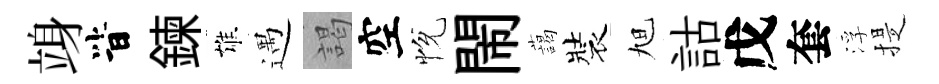
竧𣅜鍊雄遇謁空恱閙藹裝旭詁戊套浮提